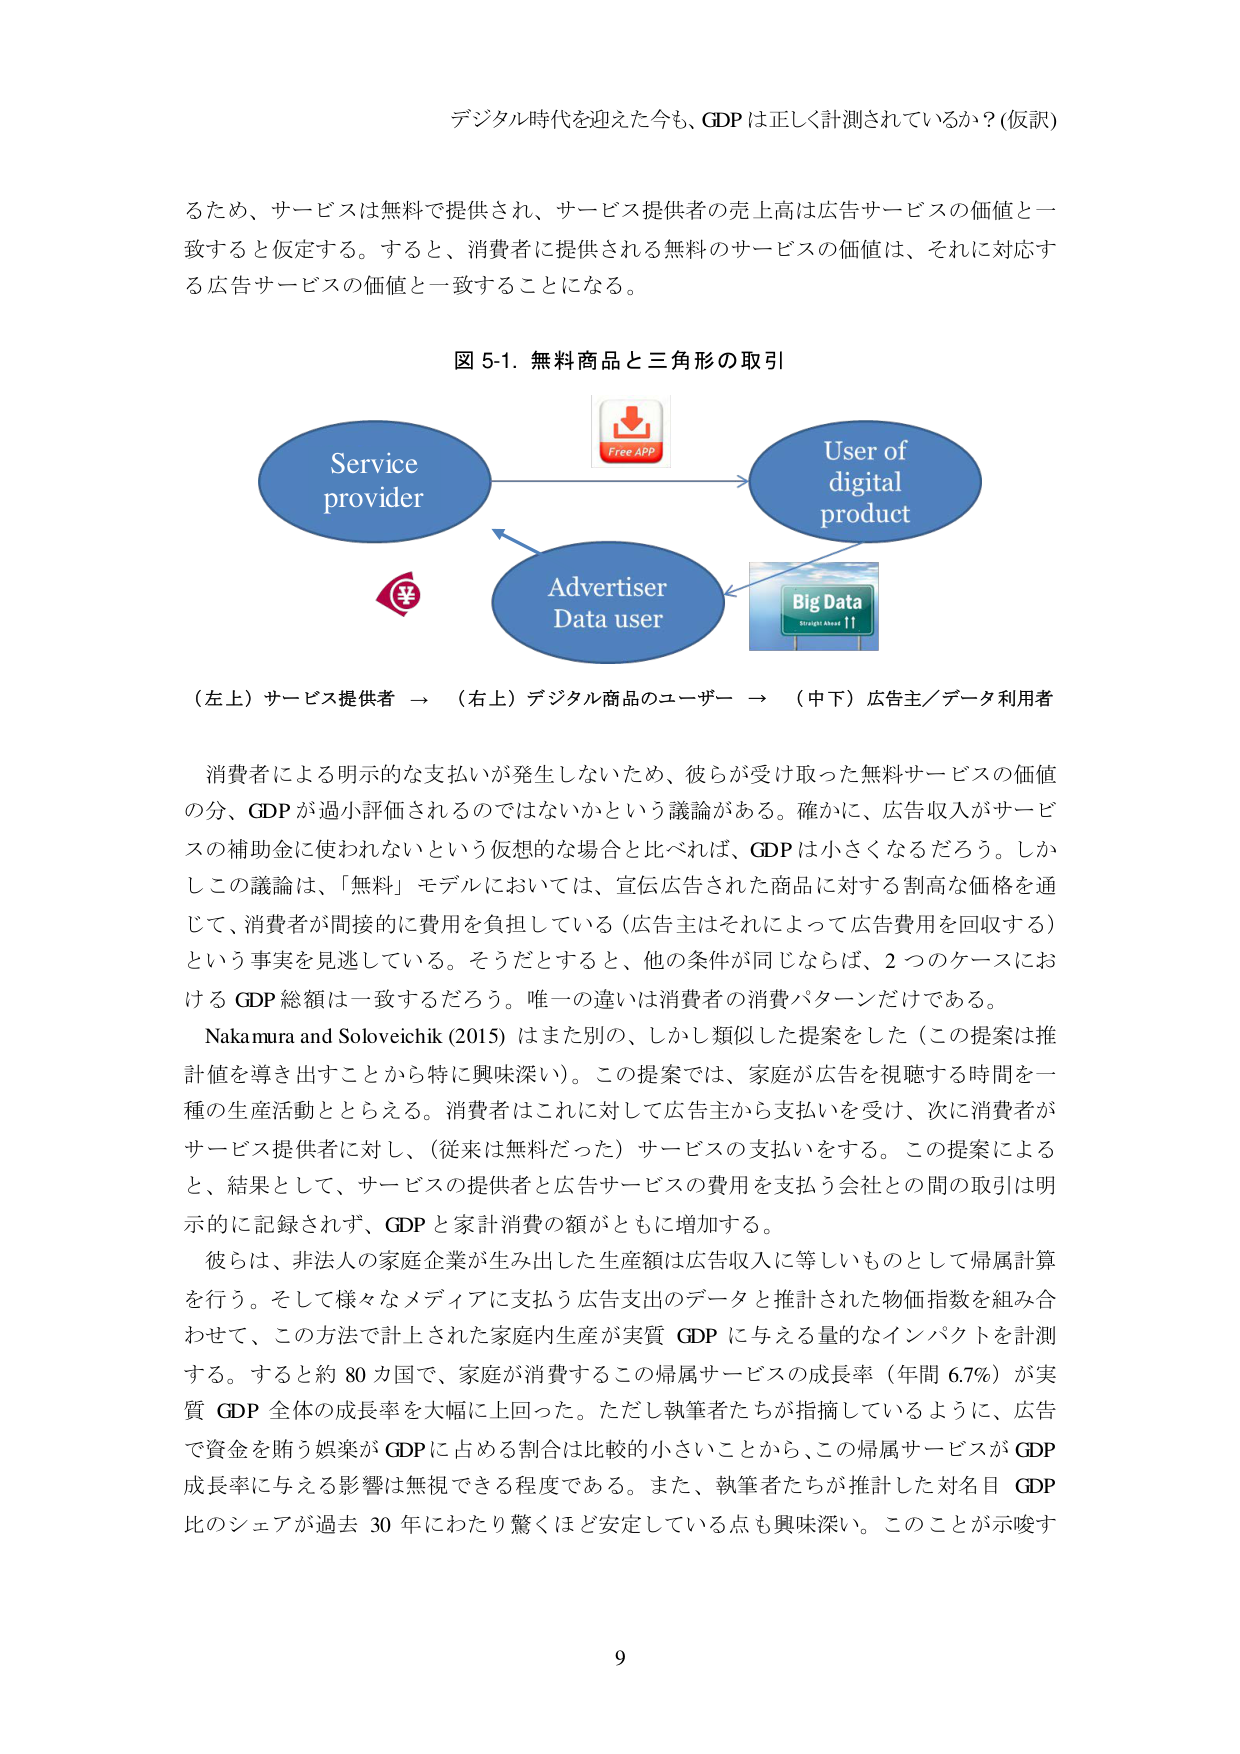
デジタル時代を迎えた今も、GDPは正しく計測されているか？(仮訳)

るため、サービスは無料で提供され、サービス提供者の売上高は広告サービスの価値と一致すると仮定する。すると、消費者に提供される無料のサービスの価値は、それに対応する広告サービスの価値と一致することになる。

図 5-1. 無料商品と三角形の取引

Service provider
Free APP
User of digital product
Advertiser Data user
Big Data
Straight Ahead 11
¥

（左上）サービス提供者 → （右上）デジタル商品のユーザー → （中下）広告主／データ利用者

消費者による明示的な支払いが発生しないため、彼らが受け取った無料サービスの価値の分、GDPが過小評価されるのではないかという議論がある。確かに、広告収入がサービスの補助金に使われないという仮想的な場合と比べれば、GDPは小さくなるだろう。しかしこの議論は、「無料」モデルにおいては、宣伝広告された商品に対する割高な価格を通じて、消費者が間接的に費用を負担している（広告主はそれによって広告費用を回収する）という事実を見逃している。そうだとすると、他の条件が同じならば、2つのケースにおけるGDP総額は一致するだろう。唯一の違いは消費者の消費パターンだけである。

Nakamura and Soloveichik (2015) はまた別の、しかし類似した提案をした（この提案は推計値を導き出すことから特に興味深い）。この提案では、家庭が広告を視聴する時間を一種の生産活動ととらえる。消費者はこれに対して広告主から支払いを受け、次に消費者がサービス提供者に対し、（従来は無料だった）サービスの支払いをする。この提案によると、結果として、サービスの提供者と広告サービスの費用を支払う会社との間の取引は明示的に記録されず、GDPと家計消費の額がともに増加する。

彼らは、非法人の家庭企業が生み出した生産額は広告収入に等しいものとして帰属計算を行う。そして様々なメディアに支払う広告支出のデータと推計された物価指数を組み合わせて、この方法で計上された家庭内生産が実質GDPに与える量的なインパクトを計測する。すると約80カ国で、家庭が消費するこの帰属サービスの成長率（年間6.7%）が実質GDP全体の成長率を大幅に上回った。ただし執筆者たちが指摘しているように、広告で資金を賄う娯楽がGDPに占める割合は比較的小さいことから、この帰属サービスがGDP成長率に与える影響は無視できる程度である。また、執筆者たちが推計した対名目GDP比のシェアが過去30年にわたり驚くほど安定している点も興味深い。このことが示唆す

9